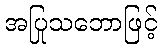
အပြုသဘောဖြင့်